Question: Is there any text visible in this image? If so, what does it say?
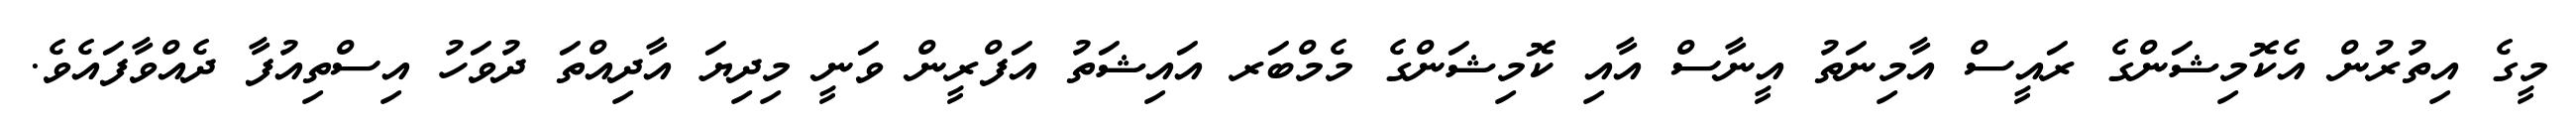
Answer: މީގެ އިތުރުން އެކޮމިޝަންގެ ރައީސް އާމިނަތު އީނާސް އާއި ކޮމިޝަންގެ މެމްބަރ އައިޝަތު އަފްރީން ވަނީ މިދިޔަ އާދިއްތަ ދުވަހު އިސްތިއުފާ ދެއްވާފައެވެ.